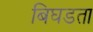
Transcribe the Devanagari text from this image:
बिघडता